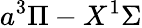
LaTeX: a^{3}\Pi-X^{1}\Sigma